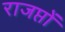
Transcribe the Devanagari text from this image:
राजप्तों